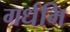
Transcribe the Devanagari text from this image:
गर्धभि